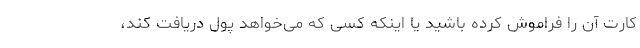
کارت آن را فراموش کرده باشید یا اینکه کسی که می‌خواهد پول دریافت کند،